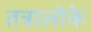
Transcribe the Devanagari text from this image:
तत्रालोके